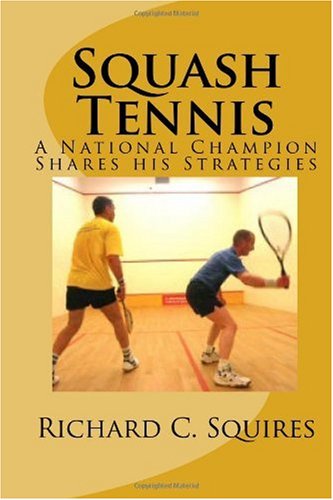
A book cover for Squash Tennis: A National Champion Shares his Strategies; Richard C. Squires; Sports & Outdoors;